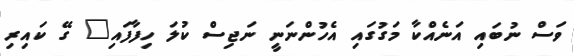
ވަސް ނުބައި އަނެއްކާ މަގުގައި އެހުންނަނީ ނަޖިސް ކުލަ ހިފާފައި" ގޭ ކައިރި